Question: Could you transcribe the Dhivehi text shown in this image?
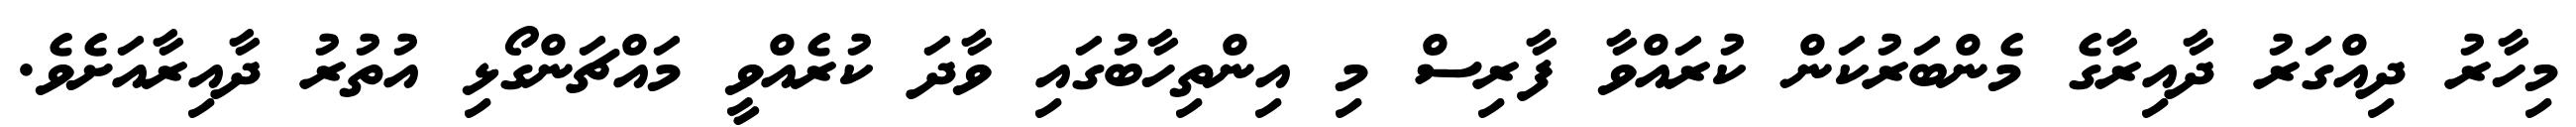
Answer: މިހާރު ދިއްގަރު ދާއިރާގެ މެންބަރުކަން ކުރައްވާ ފާރިސް މި އިންތިހާބުގައި ވާދަ ކުރެއްވީ މައްޗަންގޯޅި އުތުރު ދާއިރާއަށެވެ.